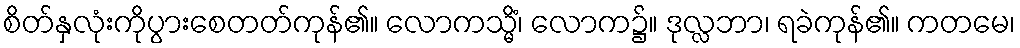
စိတ်နှလုံးကိုပွားစေတတ်ကုန်၏။ လောကသ္မိံ၊ လောက၌။ ဒုလ္လဘာ၊ ရခဲကုန်၏။ ကတမေ၊